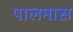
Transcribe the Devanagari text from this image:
पालमास